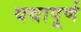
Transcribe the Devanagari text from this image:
यथापूर्ण